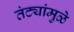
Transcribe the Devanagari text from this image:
तंट्यांमुळे